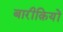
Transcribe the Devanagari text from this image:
बारीक़ियों